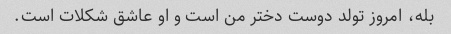
بله، امروز تولد دوست دختر من است و او عاشق شکلات است.